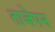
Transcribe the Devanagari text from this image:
ताजेपन